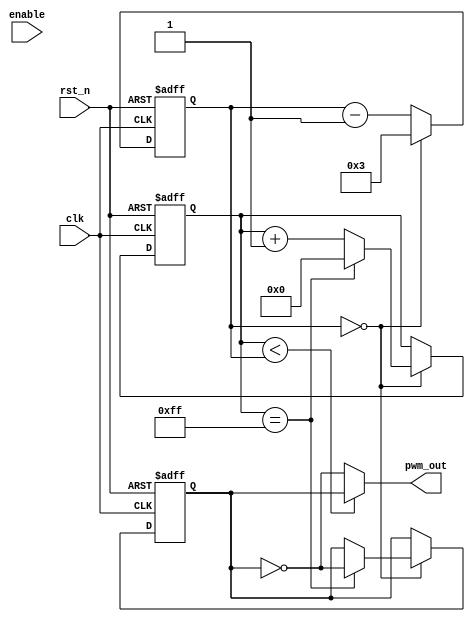
module pwm_timer (
    input wire clk,
    input wire rst_n,
    input wire enable,
    output wire pwm_out
);

parameter COUNTER_WIDTH = 8;
parameter DIVIDER = 4;

reg [COUNTER_WIDTH-1:0] counter;
reg [COUNTER_WIDTH-1:0] pwm_counter;
reg sync;

always @(posedge clk or negedge rst_n) begin
    if (~rst_n) begin
        counter <= 0;
        pwm_counter <= 0;
        sync <= 0;
    end else begin
        if (counter == 0) begin
            counter <= DIVIDER - 1;
            pwm_counter <= pwm_counter + 1;
            if (pwm_counter == 255) begin
                pwm_counter <= 0;
                sync <= ~sync;
            end
        end else begin
            counter <= counter - 1;
        end
    end
end

assign pwm_out = (pwm_counter < counter) ? sync : ~sync;

endmodule